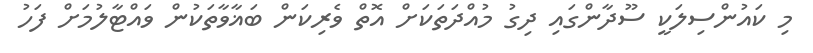
މި ކައުންސިލަކީ ސޫދާންގައި ދިގު މުއްދަތަކަށް އޮތް ވެރިިކަން ބަޣާވާތަކުން ވައްޓާލުމަށް ފަހު